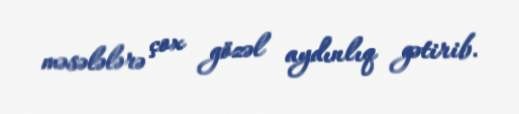
məsələlərə çox gözəl aydınlıq gətirib.